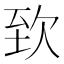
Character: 𣢶